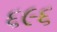
૬૯૬